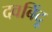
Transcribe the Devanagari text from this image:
दवबिंदू